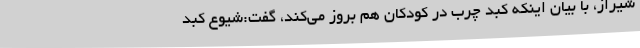
شیراز، با بیان اینکه کبد چرب در کودکان هم بروز می‌کند، گفت:شیوع کبد